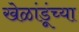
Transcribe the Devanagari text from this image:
खेळांडूंच्या